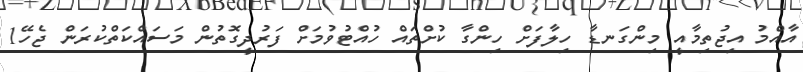
އާއްމު އިޖުތިމާއީ މިންގަނޑާ ހިލާފަށް ހިންގާ ކުށްތައް ހުއްޓުވުމަށް ފަރުދީގޮތުން މަސައްކަތްކުރަން ޖެހޭ1